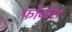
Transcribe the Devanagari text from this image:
फ़ोबोस